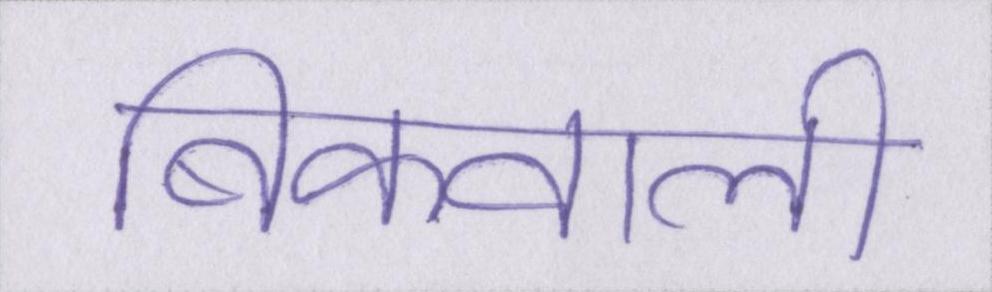
बिकवाली